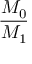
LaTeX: \frac { M _ { 0 } } { M _ { 1 } }